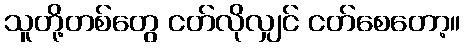
သူတို့တစ်တွေ ငတ်လိုလျှင် ငတ်စေတော့။